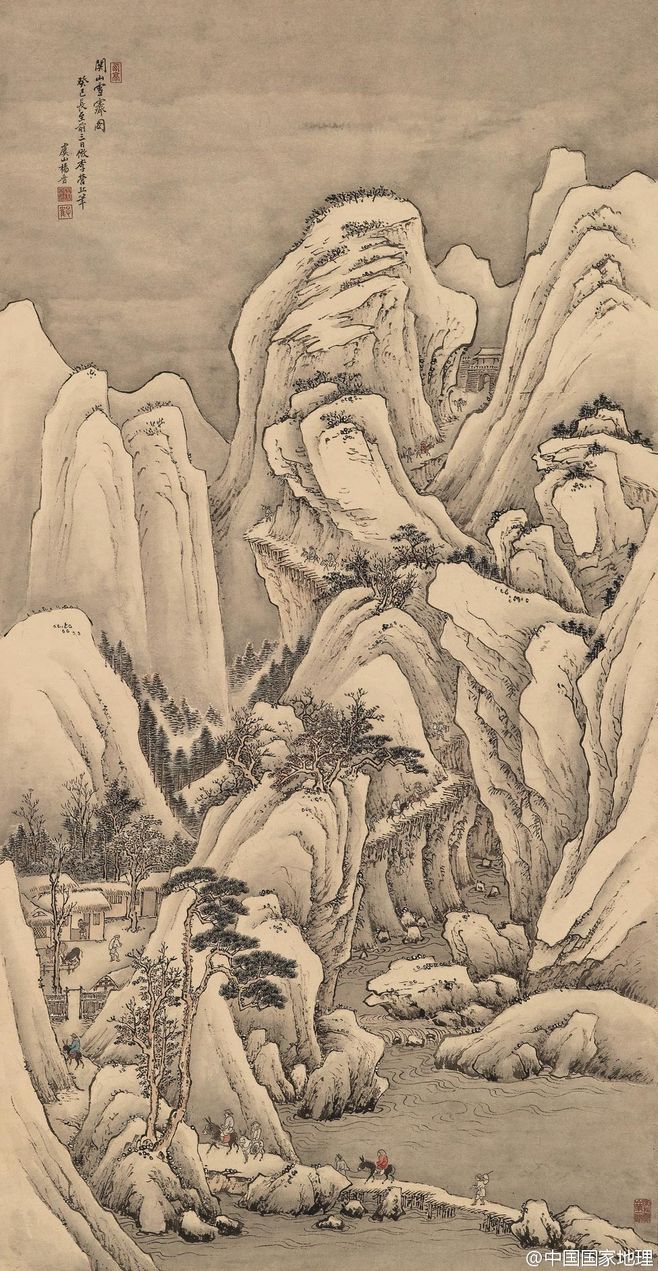
到家应是，童稚牵衣，笑我华颠。